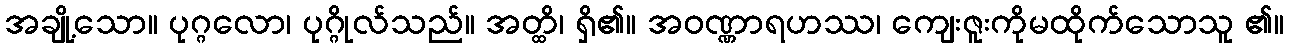
အချို့သော။ ပုဂ္ဂလော၊ ပုဂ္ဂိုလ်သည်။ အတ္ထိ၊ ရှိ၏။ အဝဏ္ဏာရဟဿ၊ ကျေးဇူးကိုမထိုက်သောသူ ၏။